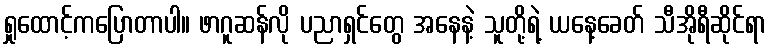
ရှုထောင့်ကပြောတာပါ။ ဖာဂူဆန်လို ပညာရှင်တွေ အနေနဲ့ သူတို့ရဲ့ ယနေ့ခေတ် သီအိုရီဆိုင်ရာ